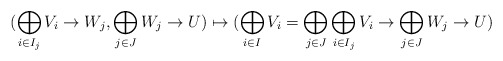
\begin{align*}(\bigoplus_{i \in I_j} V_i \to W_j, \bigoplus_{j \in J} W_j \to U)\mapsto (\bigoplus_{i \in I}V_i=\bigoplus_{j \in J}\bigoplus_{i \in I_j} V_i \to \bigoplus_{j \in J} W_j \to U)\end{align*}